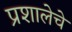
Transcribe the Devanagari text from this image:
प्रशालेचे